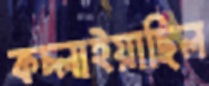
কচ্‌লাইয়াছিল